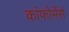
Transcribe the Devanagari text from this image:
कांफोर्मेर्स